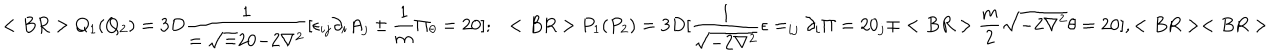
< B R > Q _ { 1 } ( Q _ { 2 } ) = 3 D { \frac { 1 } { = { { \sqrt = 2 0 { - 2 \nabla ^ { 2 } } } } } } [ \epsilon _ { i j } \partial _ { i } A _ { j } \pm { \frac { 1 } { m } } \Pi _ { \theta } = 2 0 ] ; ~ ~ < B R > P _ { 1 } ( P _ { 2 } ) = 3 D [ { \frac { 1 } { { \sqrt { - 2 \nabla ^ { 2 } } } } } \epsilon = _ { i j } \partial _ { i } \Pi = 2 0 _ { j } \mp < B R > { \frac { m } { 2 } } { \sqrt { - 2 \nabla ^ { 2 } } } \theta = 2 0 ] , < B R > < B R >